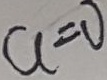
a = 0